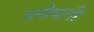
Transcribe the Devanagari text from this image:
चनीयानी